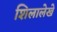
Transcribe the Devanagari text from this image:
शिलालेखे